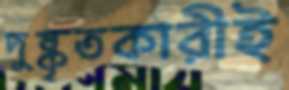
দুষ্কৃতকারীই